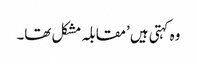
وہ کہتی ہیں ’مقابلہ مشکل تھا۔